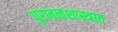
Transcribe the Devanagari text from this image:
पुरातत्वशास्त्रात